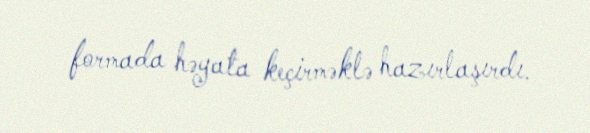
formada həyata keçirməklə hazırlaşırdı.